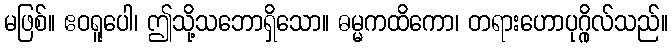
မဖြစ်။ ဧဝရူပေါ၊ ဤသို့သဘောရှိသော။ ဓမ္မကထိကော၊ တရားဟောပုဂ္ဂိုလ်သည်။